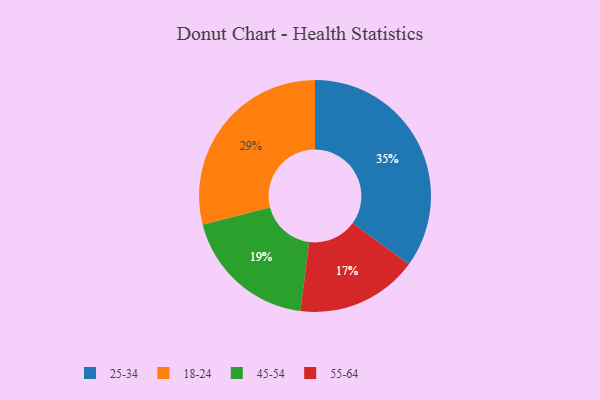
{"axis": {"x": "Category", "y": "Percentage"}, "legend": ["18-24", "25-34", "45-54", "55-64"], "data": [{"x": "18-24", "y": 29, "type": "18-24"}, {"x": "25-34", "y": 35, "type": "25-34"}, {"x": "55-64", "y": 17, "type": "55-64"}, {"x": "45-54", "y": 19, "type": "45-54"}]}